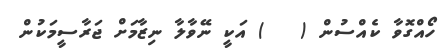
ހޯއްގޮވާ ކެއްސުން (   ) އަކީ ނޭވާލާ ނިޒާމަށް ޖަރާސީމަކުން